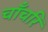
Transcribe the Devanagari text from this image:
चाँचरि